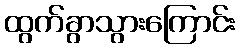
ထွက်ခွာသွားကြောင်း